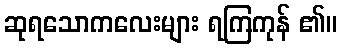
ဆုရသောကလေးများ ရကြကုန် ၏။